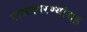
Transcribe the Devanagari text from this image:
राजकारण्यांसह